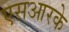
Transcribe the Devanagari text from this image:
एसआरके